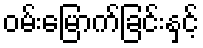
ဝမ်းမြောက်ခြင်းနှင့်